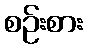
စဉ်းစား